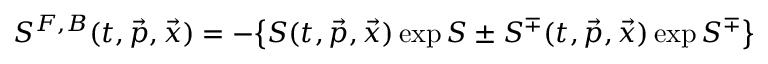
S ^ { F , B } ( t , \vec { p } , \vec { x } ) = - \big \{ S ( t , \vec { p } , \vec { x } ) \exp S \pm S ^ { \mp } ( t , \vec { p } , \vec { x } ) \exp S ^ { \mp } \big \}